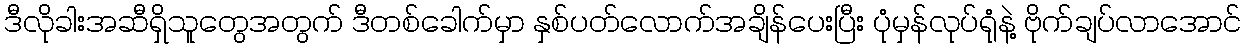
ဒီလိုခါးအဆီရှိသူတွေအတွက် ဒီတစ်ခေါက်မှာ နှစ်ပတ်လောက်အချိန်ပေးပြီး ပုံမှန်လုပ်ရုံနဲ့ ဗိုက်ချပ်လာအောင်